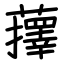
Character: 蘀